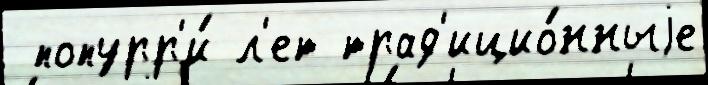
 попурр'и́ л'ет трад'ицио́нныjе